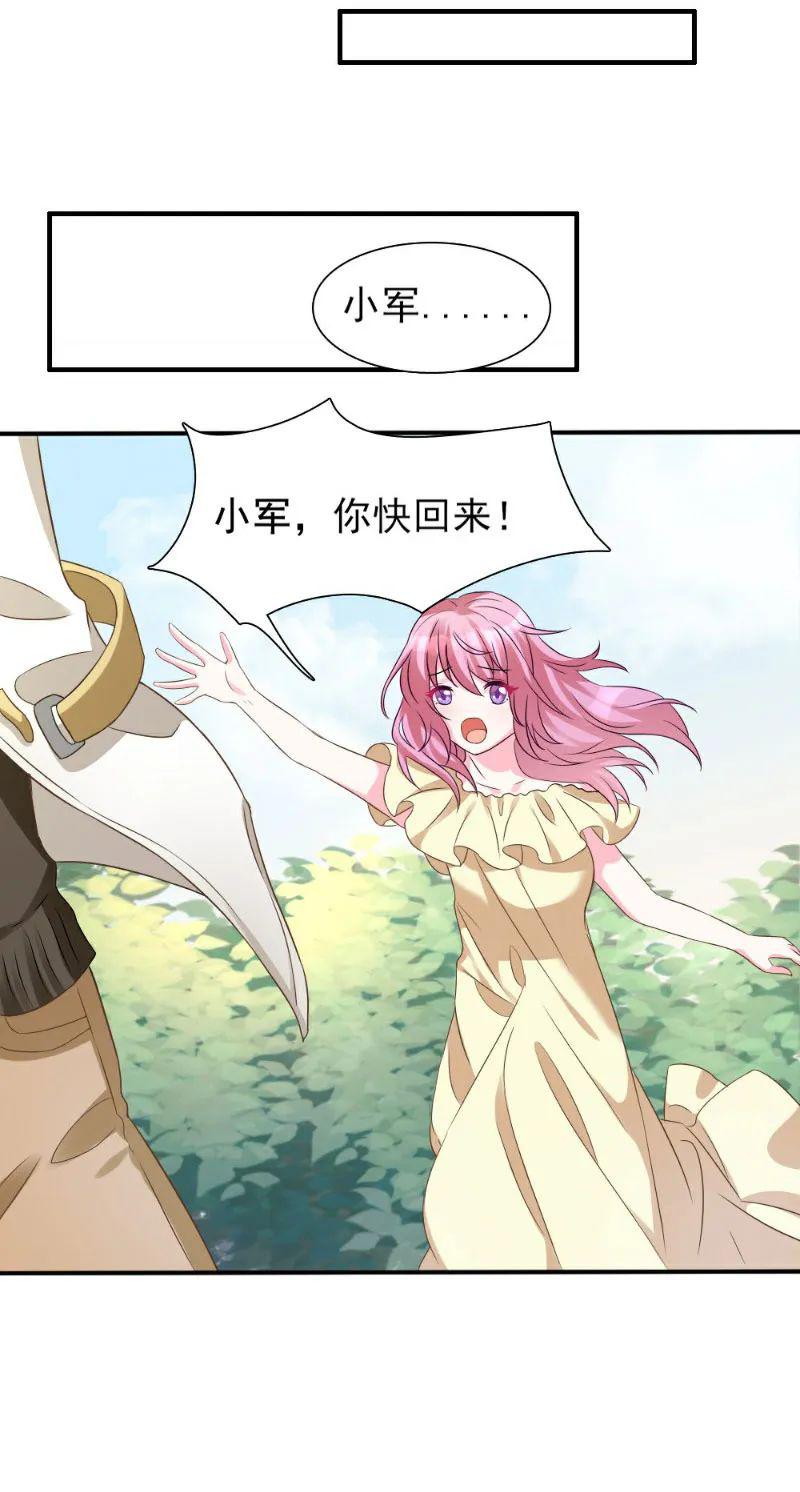
寻思不似鹊桥人，犹自得一年一度。